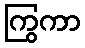
ကြွကာ